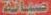
صيانة